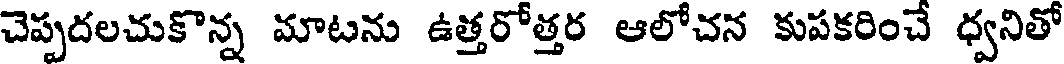
చెప్పదలచుకొన్న మాటను ఉత్తరోత్తర ఆలోచన కుపకరించే ధ్వనితో